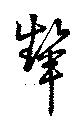
顰